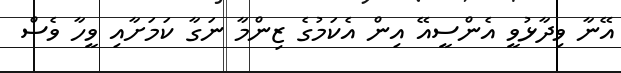
އޭނާ ވިދާޅުވީ އެންސީއޭ އިން އެކަމުގެ ޒިންމާ ނަގާ ކަމަށާއި ވީހާ ވެސް